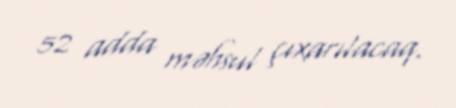
52 adda məhsul çıxarılacaq.